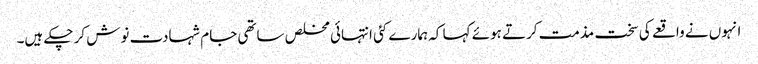
انہوں نے واقعے کی سخت مذمت کرتے ہوئے کہا کہ ہمارے کئی انتہائی مخلص ساتھی جام شہادت نوش کر چکے ہیں۔